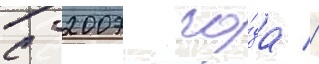
с 2007 го́да //